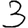
Digit: 3